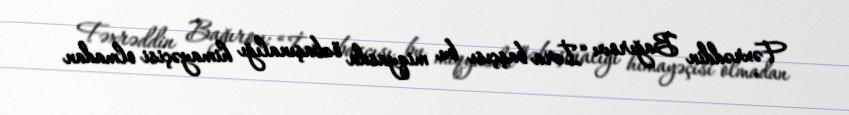
Fəxrəddin Bağırov: “İcra başçısı bu miqyasda özbaşınalığı himayəçisi olmadan